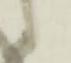
候